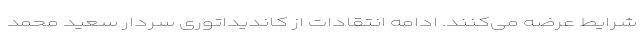
شرایط عرضه می‌کنند. ادامه انتقادات از کاندیداتوری سردار سعید محمد